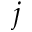
j